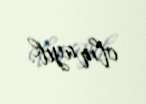
olmayıb.